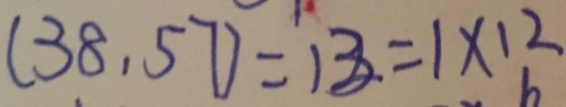
( 3 8 , 5 7 ) = 1 2 = 1 \times 1 2